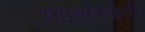
ભાષાઓની